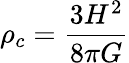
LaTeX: \rho_{c}={\frac{3H^{2}}{8{\pi}G}}